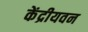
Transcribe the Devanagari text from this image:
केंद्रीयवन